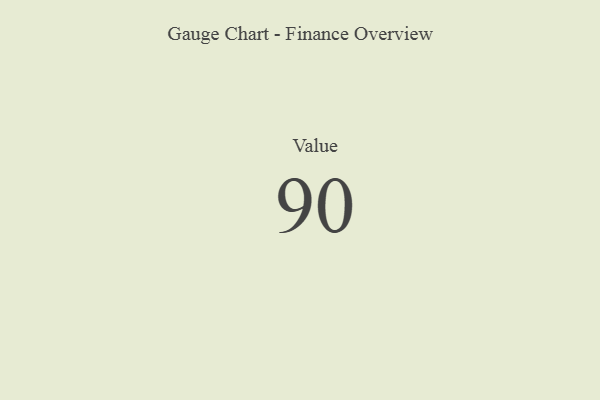
{"axis": {"x": "Metric", "y": "Value"}, "legend": [""], "data": [{"x": "Value", "y": 90, "type": ""}]}